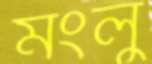
মংলু